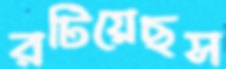
রটিয়েছস